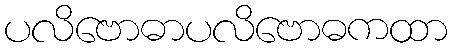
ပလိဗောဓာပလိဗောဓကထာ